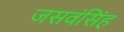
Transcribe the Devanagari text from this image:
जसवंसिंह